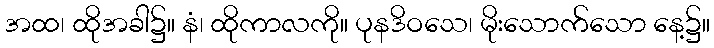
အထ၊ ထိုအခါ၌။ နံ၊ ထိုကာလကို။ ပုနဒိဝသေ၊ မိုးသောက်သော နေ့၌။